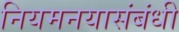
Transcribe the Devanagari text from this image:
नियमनयासंबंधी